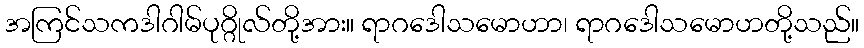
အကြင်သကဒါဂါမ်ပုဂ္ဂိုလ်တို့အား။ ရာဂဒေါသမောဟာ၊ ရာဂဒေါသမောဟတို့သည်။